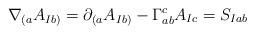
LaTeX: \begin{align*} \nabla_{(a} A_{Ib)} = \partial_{(a} A_{Ib)} - \Gamma^{c}_{ab} A_{Ic} = S_{Iab}\end{align*}